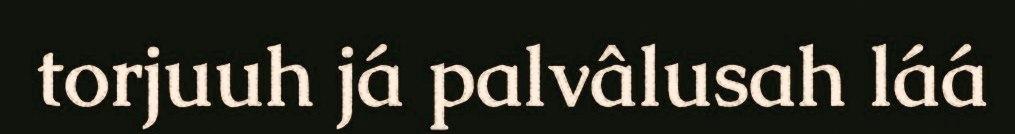
torjuuh já palvâlusah láá